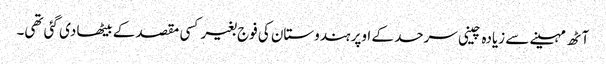
آٹھ مہینے سے زیادہ چینی سرحد کے اوپر ہندوستان کی فوج بغیر کسی مقصد کے بیٹھا دی گئی تھی۔